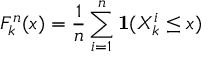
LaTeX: F _ { k } ^ { n } ( x ) = { \frac { 1 } { n } } \sum _ { i = 1 } ^ { n } \mathbf { 1 } ( X _ { k } ^ { i } \leq x )